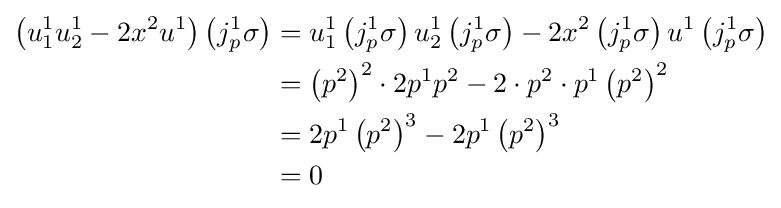
{\begin{aligned}\left(u_{1}^{1}u_{2}^{1}-2x^{2}u^{1}\right)\left(j_{p}^{1}\sigma \right)&=u_{1}^{1}\left(j_{p}^{1}\sigma \right)u_{2}^{1}\left(j_{p}^{1}\sigma \right)-2x^{2}\left(j_{p}^{1}\sigma \right)u^{1}\left(j_{p}^{1}\sigma \right)\\&=\left(p^{2}\right)^{2}\cdot 2p^{1}p^{2}-2\cdot p^{2}\cdot p^{1}\left(p^{2}\right)^{2}\\&=2p^{1}\left(p^{2}\right)^{3}-2p^{1}\left(p^{2}\right)^{3}\\&=0\end{aligned}}